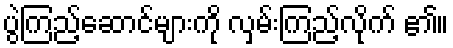
ပွဲကြည့်ဆောင်များကို လှမ်းကြည့်လိုက် ၏။